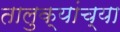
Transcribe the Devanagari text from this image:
तालुक्‍यांच्या